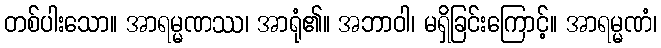
တစ်ပါးသော။ အာရမ္မဏဿ၊ အာရုံ၏။ အဘာဝါ၊ မရှိခြင်းကြောင့်။ အာရမ္မဏံ၊